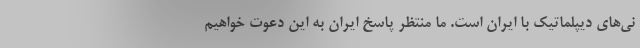
نی‌های دیپلماتیک با ایران است. ما منتظر پاسخ ایران به این دعوت خواهیم